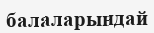
балаларындай